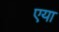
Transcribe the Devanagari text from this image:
एया